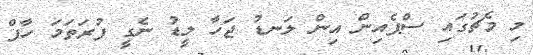
މި މެޗުގައި ސްޕެއިން އިން ލަނޑު ޖަހާ ލީޑު ނެގީ ފުރަތަމަ ހާފް